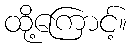
ထို့ကြောင့်။